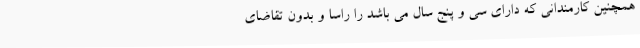
همچنین کارمندانی که دارای سی و پنج سال می باشد را راسا و بدون تقاضای